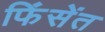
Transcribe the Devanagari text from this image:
फिंसेंत